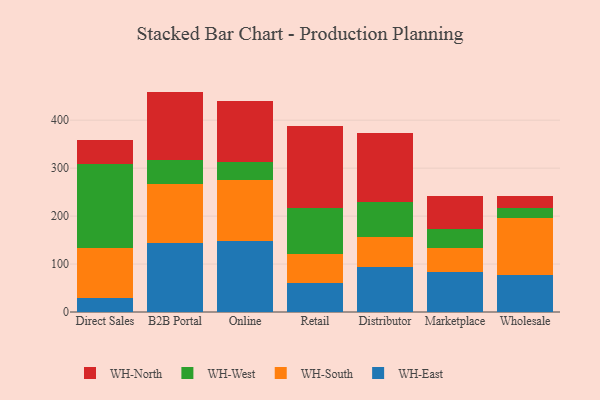
{"axis": {"x": "Channel", "y": "Net Income (USD K)"}, "legend": ["WH-East", "WH-North", "WH-South", "WH-West"], "data": [{"x": "Direct Sales", "y": 29.4, "type": "WH-East"}, {"x": "Direct Sales", "y": 103.3, "type": "WH-South"}, {"x": "Direct Sales", "y": 176.0, "type": "WH-West"}, {"x": "Direct Sales", "y": 49.3, "type": "WH-North"}, {"x": "B2B Portal", "y": 143.3, "type": "WH-East"}, {"x": "B2B Portal", "y": 122.8, "type": "WH-South"}, {"x": "B2B Portal", "y": 51.2, "type": "WH-West"}, {"x": "B2B Portal", "y": 142.3, "type": "WH-North"}, {"x": "Online", "y": 147.6, "type": "WH-East"}, {"x": "Online", "y": 127.9, "type": "WH-South"}, {"x": "Online", "y": 37.9, "type": "WH-West"}, {"x": "Online", "y": 127.4, "type": "WH-North"}, {"x": "Retail", "y": 60.8, "type": "WH-East"}, {"x": "Retail", "y": 60.7, "type": "WH-South"}, {"x": "Retail", "y": 94.9, "type": "WH-West"}, {"x": "Retail", "y": 172.1, "type": "WH-North"}, {"x": "Distributor", "y": 93.8, "type": "WH-East"}, {"x": "Distributor", "y": 62.5, "type": "WH-South"}, {"x": "Distributor", "y": 72.4, "type": "WH-West"}, {"x": "Distributor", "y": 144.0, "type": "WH-North"}, {"x": "Marketplace", "y": 84.3, "type": "WH-East"}, {"x": "Marketplace", "y": 49.8, "type": "WH-South"}, {"x": "Marketplace", "y": 39.5, "type": "WH-West"}, {"x": "Marketplace", "y": 68.5, "type": "WH-North"}, {"x": "Wholesale", "y": 78.2, "type": "WH-East"}, {"x": "Wholesale", "y": 117.3, "type": "WH-South"}, {"x": "Wholesale", "y": 20.4, "type": "WH-West"}, {"x": "Wholesale", "y": 26.3, "type": "WH-North"}]}